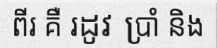
ពីរ គឺ រដូវ ប្រាំ និង